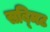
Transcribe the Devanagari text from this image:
सब्मिट